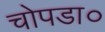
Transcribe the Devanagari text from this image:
चोपडा०